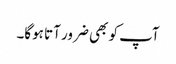
آپ کو بھی ضرور آتا ہوگا۔